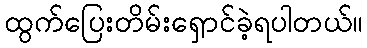
ထွက်ပြေးတိမ်းရှောင်ခဲ့ရပါတယ်။